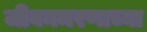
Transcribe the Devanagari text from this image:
जीवनमरणाच्या